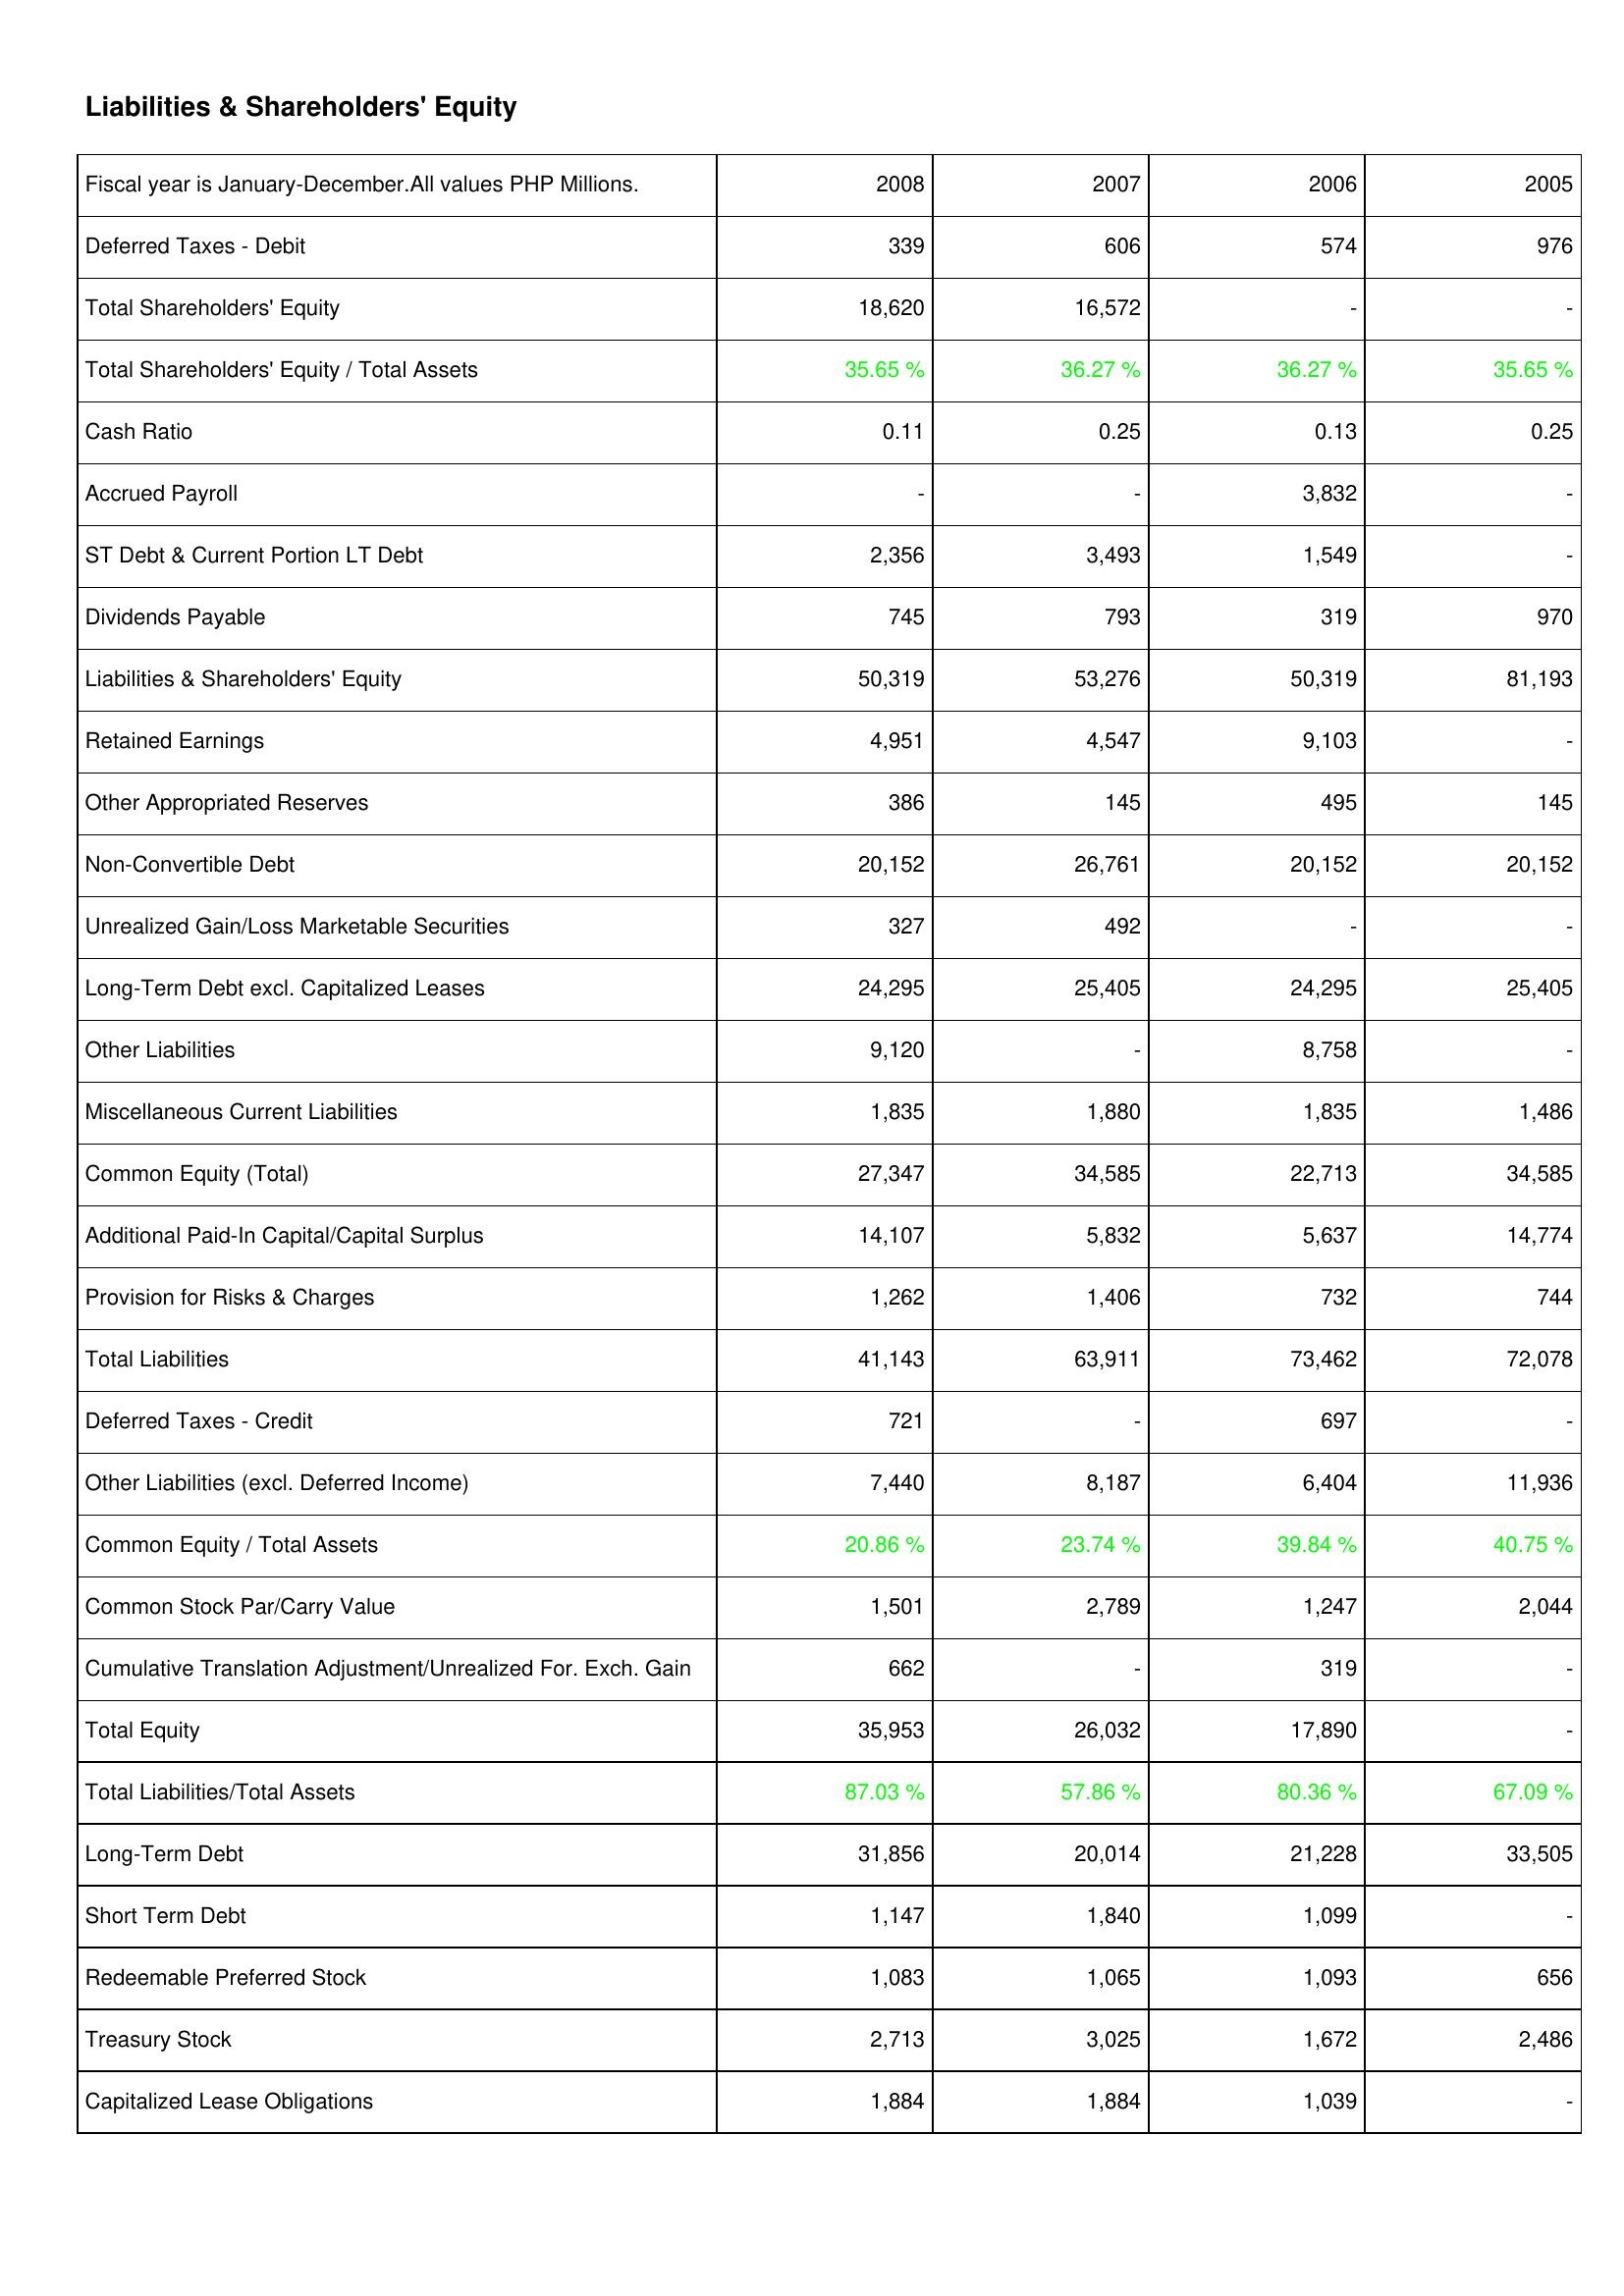
2008: Liabilities & Shareholders' Equity: Deferred Taxes - Debit: 339
Total Shareholders' Equity: 18,620
Total Shareholders' Equity / Total Assets: 35.65 %
Cash Ratio: 0.11
Accrued Payroll: -
ST Debt & Current Portion LT Debt: 2,356
Dividends Payable: 745
Liabilities & Shareholders' Equity: 50,319
Retained Earnings: 4,951
Other Appropriated Reserves: 386
Non-Convertible Debt: 20,152
Unrealized Gain/Loss Marketable Securities: 327
Long-Term Debt excl. Capitalized Leases: 24,295
Other Liabilities: 9,120
Miscellaneous Current Liabilities: 1,835
Common Equity (Total): 27,347
Additional Paid-In Capital/Capital Surplus: 14,107
Provision for Risks & Charges: 1,262
Total Liabilities: 41,143
Deferred Taxes - Credit: 721
Other Liabilities (excl. Deferred Income): 7,440
Common Equity / Total Assets: 20.86 %
Common Stock Par/Carry Value: 1,501
Cumulative Translation Adjustment/Unrealized For. Exch. Gain: 662
Total Equity: 35,953
Total Liabilities/Total Assets: 87.03 %
Long-Term Debt: 31,856
Short Term Debt: 1,147
Redeemable Preferred Stock: 1,083
Treasury Stock: 2,713
Capitalized Lease Obligations: 1,884
2007: Liabilities & Shareholders' Equity: Deferred Taxes - Debit: 606
Total Shareholders' Equity: 16,572
Total Shareholders' Equity / Total Assets: 36.27 %
Cash Ratio: 0.25
Accrued Payroll: -
ST Debt & Current Portion LT Debt: 3,493
Dividends Payable: 793
Liabilities & Shareholders' Equity: 53,276
Retained Earnings: 4,547
Other Appropriated Reserves: 145
Non-Convertible Debt: 26,761
Unrealized Gain/Loss Marketable Securities: 492
Long-Term Debt excl. Capitalized Leases: 25,405
Other Liabilities: -
Miscellaneous Current Liabilities: 1,880
Common Equity (Total): 34,585
Additional Paid-In Capital/Capital Surplus: 5,832
Provision for Risks & Charges: 1,406
Total Liabilities: 63,911
Deferred Taxes - Credit: -
Other Liabilities (excl. Deferred Income): 8,187
Common Equity / Total Assets: 23.74 %
Common Stock Par/Carry Value: 2,789
Cumulative Translation Adjustment/Unrealized For. Exch. Gain: -
Total Equity: 26,032
Total Liabilities/Total Assets: 57.86 %
Long-Term Debt: 20,014
Short Term Debt: 1,840
Redeemable Preferred Stock: 1,065
Treasury Stock: 3,025
Capitalized Lease Obligations: 1,884
2006: Liabilities & Shareholders' Equity: Deferred Taxes - Debit: 574
Total Shareholders' Equity: -
Total Shareholders' Equity / Total Assets: 36.27 %
Cash Ratio: 0.13
Accrued Payroll: 3,832
ST Debt & Current Portion LT Debt: 1,549
Dividends Payable: 319
Liabilities & Shareholders' Equity: 50,319
Retained Earnings: 9,103
Other Appropriated Reserves: 495
Non-Convertible Debt: 20,152
Unrealized Gain/Loss Marketable Securities: -
Long-Term Debt excl. Capitalized Leases: 24,295
Other Liabilities: 8,758
Miscellaneous Current Liabilities: 1,835
Common Equity (Total): 22,713
Additional Paid-In Capital/Capital Surplus: 5,637
Provision for Risks & Charges: 732
Total Liabilities: 73,462
Deferred Taxes - Credit: 697
Other Liabilities (excl. Deferred Income): 6,404
Common Equity / Total Assets: 39.84 %
Common Stock Par/Carry Value: 1,247
Cumulative Translation Adjustment/Unrealized For. Exch. Gain: 319
Total Equity: 17,890
Total Liabilities/Total Assets: 80.36 %
Long-Term Debt: 21,228
Short Term Debt: 1,099
Redeemable Preferred Stock: 1,093
Treasury Stock: 1,672
Capitalized Lease Obligations: 1,039
2005: Liabilities & Shareholders' Equity: Deferred Taxes - Debit: 976
Total Shareholders' Equity: -
Total Shareholders' Equity / Total Assets: 35.65 %
Cash Ratio: 0.25
Accrued Payroll: -
ST Debt & Current Portion LT Debt: -
Dividends Payable: 970
Liabilities & Shareholders' Equity: 81,193
Retained Earnings: -
Other Appropriated Reserves: 145
Non-Convertible Debt: 20,152
Unrealized Gain/Loss Marketable Securities: -
Long-Term Debt excl. Capitalized Leases: 25,405
Other Liabilities: -
Miscellaneous Current Liabilities: 1,486
Common Equity (Total): 34,585
Additional Paid-In Capital/Capital Surplus: 14,774
Provision for Risks & Charges: 744
Total Liabilities: 72,078
Deferred Taxes - Credit: -
Other Liabilities (excl. Deferred Income): 11,936
Common Equity / Total Assets: 40.75 %
Common Stock Par/Carry Value: 2,044
Cumulative Translation Adjustment/Unrealized For. Exch. Gain: -
Total Equity: -
Total Liabilities/Total Assets: 67.09 %
Long-Term Debt: 33,505
Short Term Debt: -
Redeemable Preferred Stock: 656
Treasury Stock: 2,486
Capitalized Lease Obligations: -